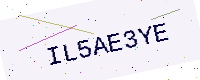
Text: IL5AE3YE